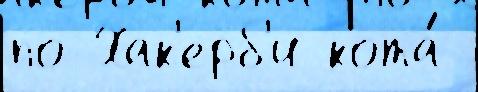
по Хак'ерб'и кота́